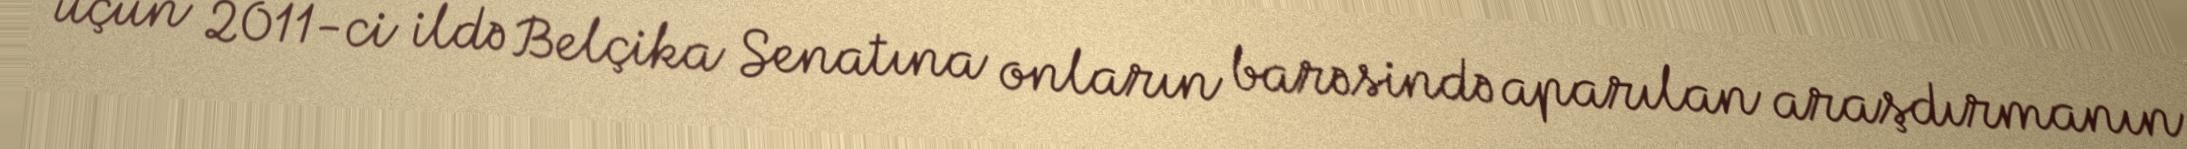
üçün 2011-ci ildə Belçika Senatına onların barəsində aparılan araşdırmanın